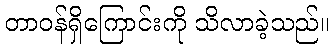
တာဝန်ရှိကြောင်းကို သိလာခဲ့သည်။